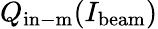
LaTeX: Q_{\mathrm{in-m}}(I_{\mathrm{beam}})